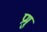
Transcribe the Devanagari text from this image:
प्रमु